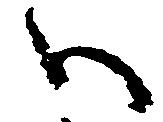
ハ